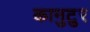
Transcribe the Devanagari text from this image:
कानुटुर